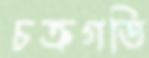
চক্রগতি